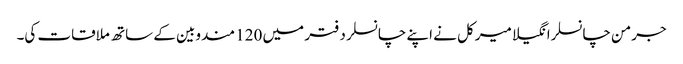
جرمن چانسلرانگیلا میرکل نے اپنے چانسلر دفتر میں 120 مندوبین کے ساتھ ملاقات کی۔